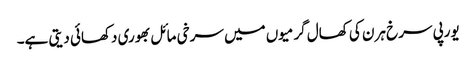
یورپی سرخ ہرن کی کھال گرمیوں میں سرخی مائل بھوری دکھائی دیتی ہے۔